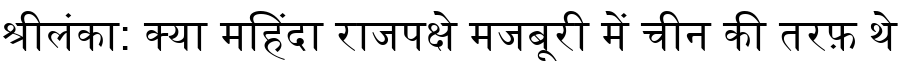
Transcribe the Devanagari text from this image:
श्रीलंका: क्या महिंदा राजपक्षे मजबूरी में चीन की तरफ़ थे